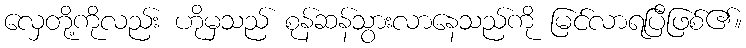
လှေတို့ကိုလည်း ဟိုမှသည် စုန်ဆန်သွားလာနေသည်ကို မြင်လာရပြီဖြစ်၏။